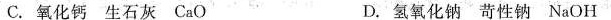
C.氧化钙生石灰CaO D.氢氧化钠苛性钠NaOH